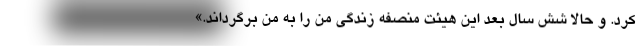
کرد. و حالا شش سال بعد این هیئت منصفه زندگی من را به من برگرداند.»